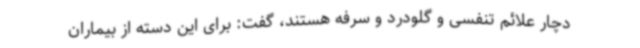
دچار علائم تنفسی و گلودرد و سرفه هستند، گفت: برای این دسته از بیماران